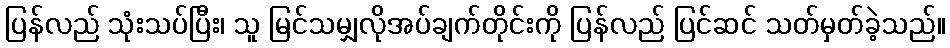
ပြန်လည် သုံးသပ်ပြီး၊ သူ မြင်သမျှလိုအပ်ချက်တိုင်းကို ပြန်လည် ပြင်ဆင် သတ်မှတ်ခဲ့သည်။